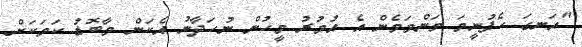
"އަނގަ ހެފުނީމަ މަންމަމެން އެ އުމުރު މީހުން ނުހަދާނު އެކަން މާބޮޑު ކަމަކަށް